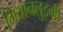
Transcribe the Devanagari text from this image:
गियानलुइगी